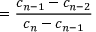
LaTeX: = { \frac { c _ { n - 1 } - c _ { n - 2 } } { c _ { n } - c _ { n - 1 } } }